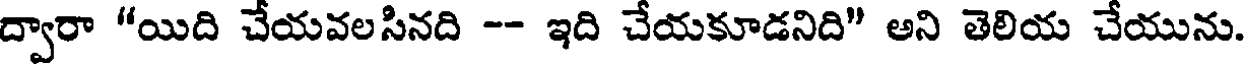
ద్వారా "యిది చేయవలసినది -- ఇది చేయకూడనిది" అని తెలియ చేయును.